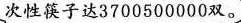
次性筷子达3700500000双。